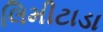
લિમીટાડા